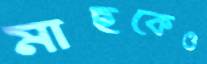
মাছকেও